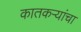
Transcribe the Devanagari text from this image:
कातकऱ्यांचा